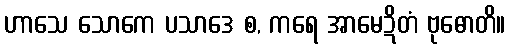
ဟာသေ သောကေ ပသာဒေ စ, ကရေ အာမေဍိတံ ဗုဓောတိ။